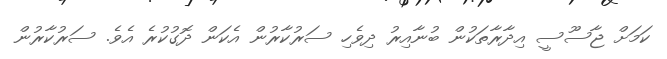
ކަމަށް ޖާސޫސީ އިދާރާތަކުން ބުނާއިރު ދިވެހި ސަރުކާރުން އެކަން ދޮގުކުރެ އެވެ. ސަރުކާރުން